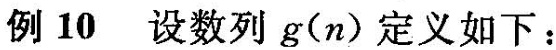
例10 设数列g(n)定义如下：